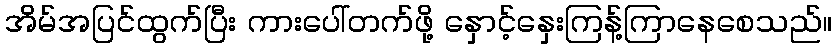
အိမ်အပြင်ထွက်ပြီး ကားပေါ်တက်ဖို့ နှောင့်နှေးကြန့်ကြာနေစေသည်။